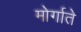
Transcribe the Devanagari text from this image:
मोर्गाते